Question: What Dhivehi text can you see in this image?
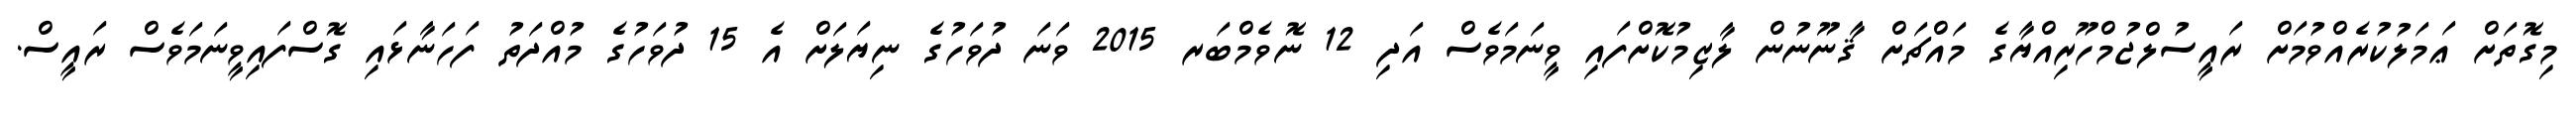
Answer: މިގޮތަށް ޢަމަލުކުރެއްވުމަށް ރައީސުލްޖުމްހޫރިއްޔާގެ މައްޗަށް ޤާނޫނުން ލާޒިމުކޮށްފައި ވީނަމަވެސް އަދި 12 ނޮވެމްބަރ 2015 ވަނަ ދުވަހުގެ ނިޔަލަށް އެ 15 ދުވަހުގެ މުއްދަތު ފަހަނާޅައި ގޮސްފައިވީނަމަވެސް ރައީސް.